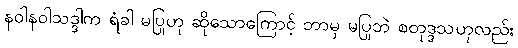
နဝါနဝါသဒ္ဒါက ရံခါ မပြုဟု ဆိုသောကြောင့် ဘာမှ မပြုဘဲ စတုဒ္ဒသဟုလည်း